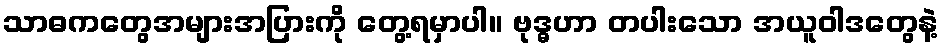
သာဓကတွေအများအပြားကို တွေ့ရမှာပါ။ ဗုဒ္ဓဟာ တပါးသော အယူဝါဒတွေနဲ့